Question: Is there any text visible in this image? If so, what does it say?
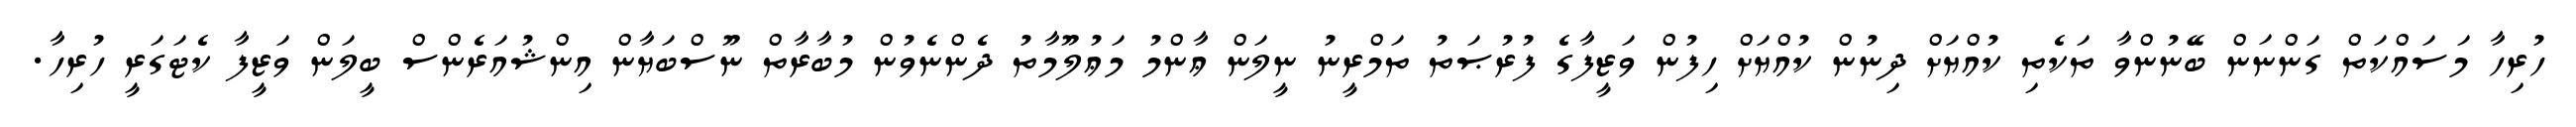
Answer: ހުރިހާ މަސައްކަތް ގަންނަން ބޭނުންވާ ތަކެތި ކުއްޔަށް ދިނުން ކުއްޔަށް ހިފުން ވަޒީފާގެ ފުރުޞަތު ތަމްރީނު ނީލަން ޢާންމު މަޢުލޫމާތު ދެންނެވުން މުބާރާތް ނޫސްބަޔާން އިންޝުއަރެންސް ބީލަން ވަޒީފާ ކެޓަގަރީ ހުރިހާ.